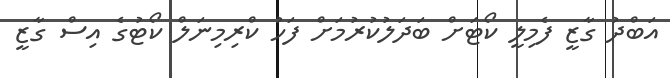
އަބްދު ގާޒީ ފެމިލީ ކޯޓަށް ބަދަލުކުރުމަށް ފަހު ކްރިމިނަލް ކޯޓުގެ އިސް ގާޒީ